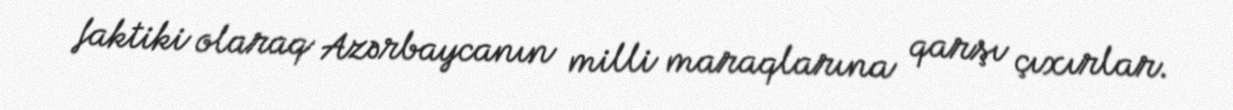
faktiki olaraq Azərbaycanın milli maraqlarına qarşı çıxırlar.